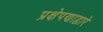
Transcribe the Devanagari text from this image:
प्रक्षेपणाद्वारे